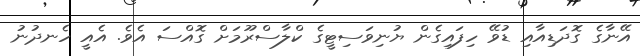
އޭނާގެ ގޮދަޑިއާއި ޑުވޭ ހިފައިގެން ޔުނިވަސިޓީގެ ކްލާސްރޫމަށް ގޮއްސަ އެވެ. އެއީ ހެނދުނު